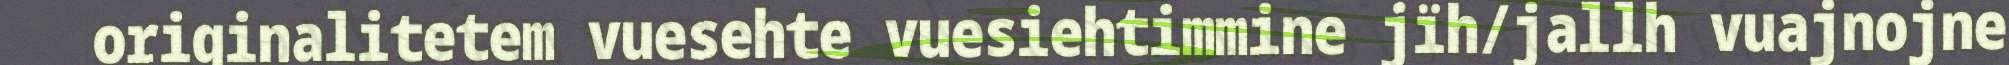
originalitetem vuesehte vuesiehtimmine jïh/jallh vuajnojne